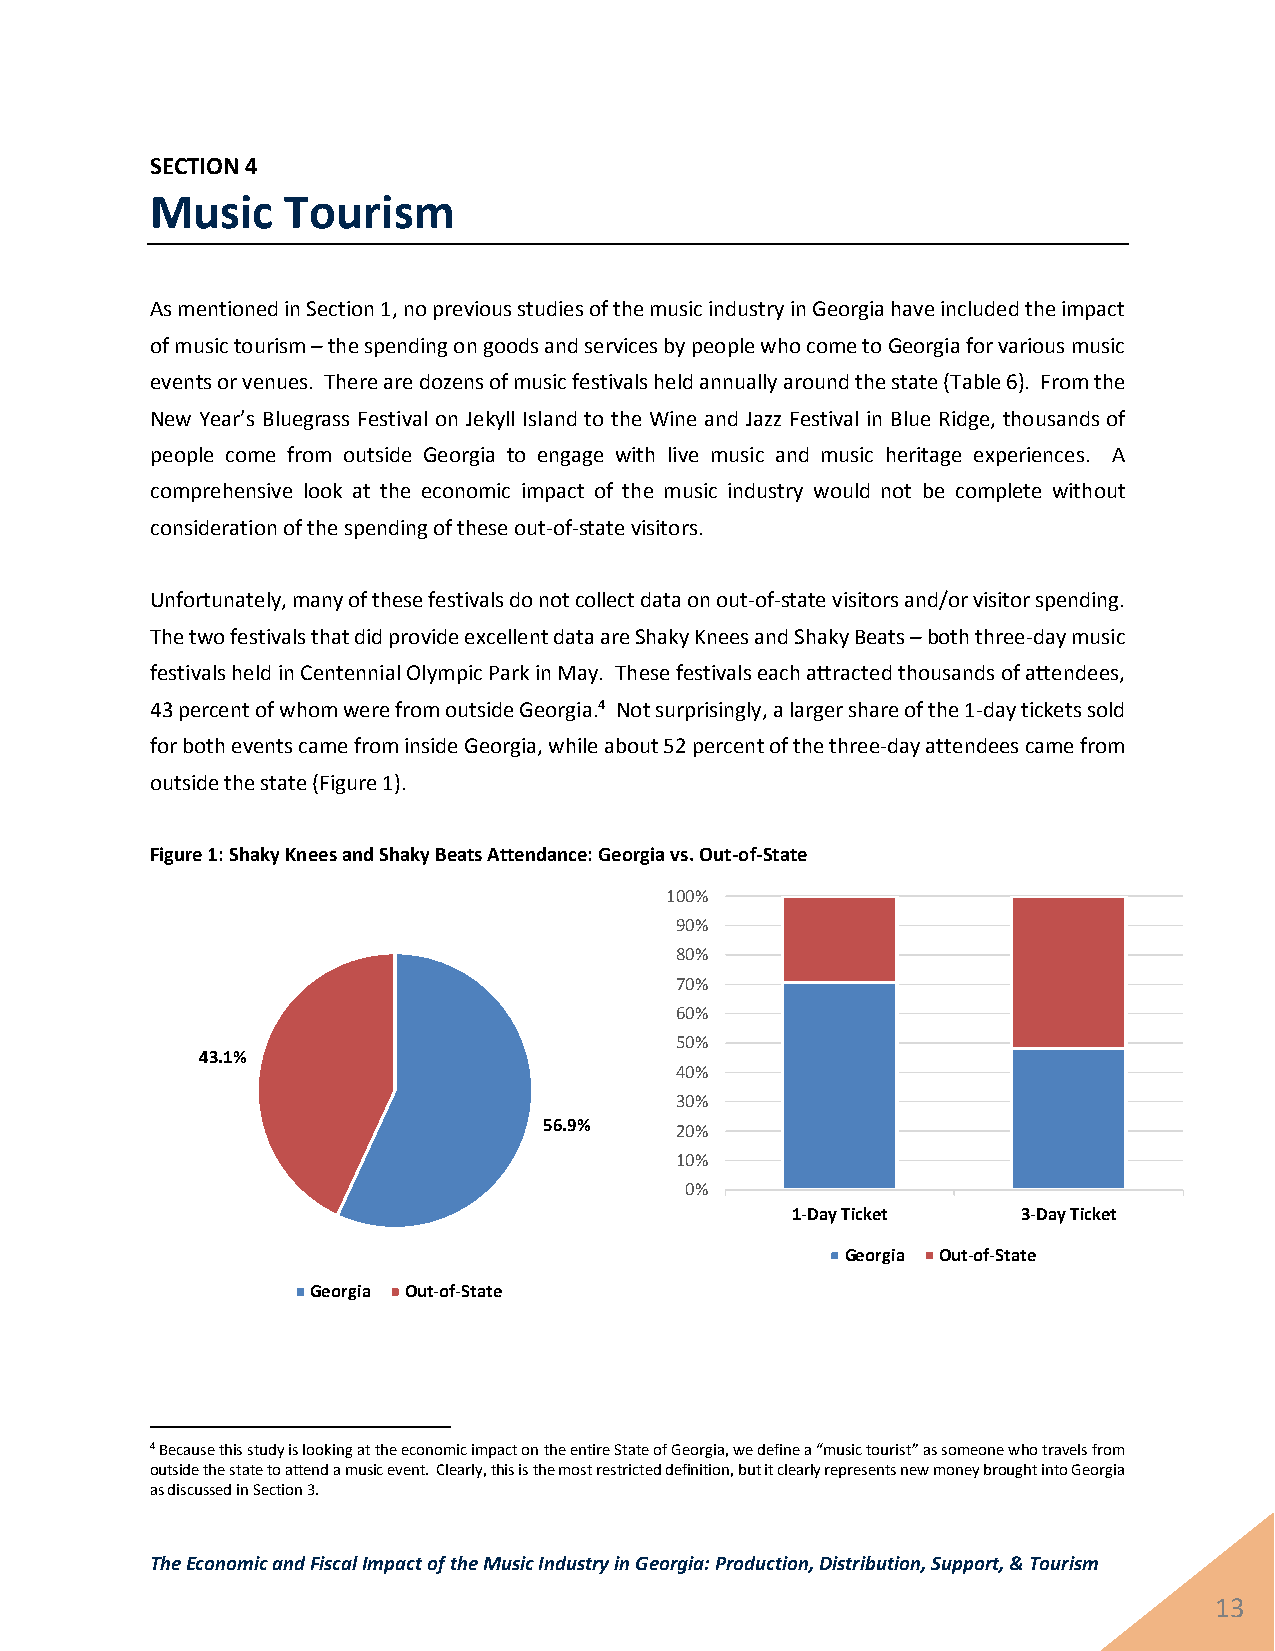
SECTION 4
 Music    Tourism
 As mentioned in Section 1, no previous studies of the music industry in Georgia have included the impact
 of music tourism – the spending on goods and services by people who come to Georgia for various music
 events or venues. There are dozens of music festivals held annually around the state (Table 6). From the
 New Year’s Bluegrass Festival on Jekyll Island to the Wine and Jazz Festival in Blue Ridge, thousands of
 people come from outside Georgia to engage with live music and music heritage experiences. A
 comprehensive look at the economic impact of the music industry would not be complete without
 consideration of the spending of these out-of-state visitors.
 Unfortunately, many of these festivals do not collect data on out-of-state visitors and/or visitor spending.
 The two festivals that did provide excellent data are Shaky Knees and Shaky Beats – both three-day music
 festivals held in Centennial Olympic Park in May. These festivals each attracted thousands of attendees,
 43 percent of whom were from outside Georgia.4 Not surprisingly, a larger share of the 1-day tickets sold
 for both events came from inside Georgia, while about 52 percent of the three-day attendees came from
 outside the state (Figure 1).
 Figure 1: Shaky Knees and Shaky Beats Attendance: Georgia vs. Out-of-State
 100%
 90%
 80%
 70%
 60%
 50%
 43.1%
 40%
 30%
 56.9%    20%
 10%
 0%
 1-Day Ticket    3-Day Ticket
 Georgia Out-of-State
 Georgia Out-of-State
 4 Because this study is looking at the economic impact on the entire State of Georgia, we define a “music tourist” as someone who travels from
 outside the state to attend a music event. Clearly, this is the most restricted definition, but it clearly represents new money brought into Georgia
 as discussed in Section 3.
 The Economic and Fiscal Impact of the Music Industry in Georgia: Production, Distribution, Support, & Tourism
 13